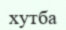
хутба